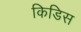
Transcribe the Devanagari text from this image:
किडिस